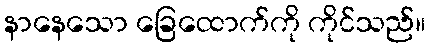
နာနေသော ခြေထောက်ကို ကိုင်သည်။